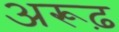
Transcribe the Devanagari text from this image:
अरूढ़